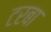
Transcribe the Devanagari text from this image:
टरबा